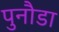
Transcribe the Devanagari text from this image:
पुनौडा